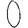
Digit: 0